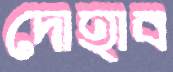
দোহাব